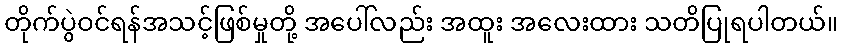
တိုက်ပွဲဝင်ရန်အသင့်ဖြစ်မှုတို့ အပေါ်လည်း အထူး အလေးထား သတိပြုရပါတယ်။